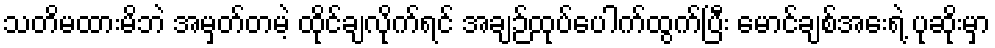
သတိမထားမိဘဲ အမှတ်တမဲ့ ထိုင်ချလိုက်ရင် အချဉ်ထုပ်ပေါက်ထွက်ပြီး မောင်ချစ်အေးရဲ့ ပုဆိုးမှာ